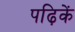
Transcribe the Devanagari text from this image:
पढ़िकें